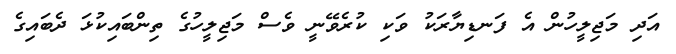
އަދި މަޖިލީހުން އެ ފަނޑިޔާރަކު ވަކި ކުރެވޭނީ ވެސް މަޖިލީހުގެ ތިންބައިކުޅަ ދެބައިގެ